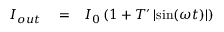
\begin{array} { r l r } { I _ { o u t } } & { { } = } & { I _ { 0 } \left( 1 + T ^ { \prime } \left| \sin ( \omega t ) \right| \right) } \end{array}